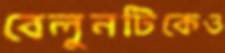
বেলুনটিকেও